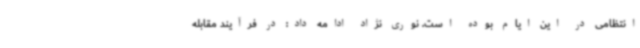
انتظامی در این ایام بوده است. نوری نژاد ادامه داد: در فرآیند مقابله